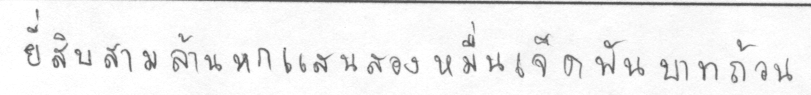
ยี่สิบสามล้านหกแสนสองหมื่นเจ็ดพันบาทถ้วน